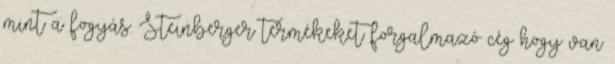
mint a fogyás. Steinberger termékeket forgalmazó cég hogy van